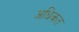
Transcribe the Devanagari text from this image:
अधिकत